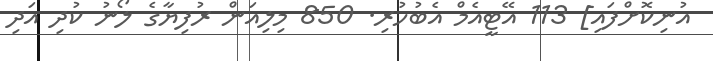
އުނިކޮށްފައި] 113 އޭޓީއެމް އެބުހުރި. 850 މިލިއަން ރުފިޔާގެ ލޯނު ކުދި އަދި